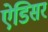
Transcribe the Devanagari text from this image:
ऐडिसर